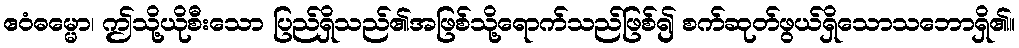
ဧဝံဓမ္မော၊ ဤသို့ယိုစီးသော ပြည်ရှိသည်၏အဖြစ်သို့ရောက်သည်ဖြစ်၍ စက်ဆုတ်ဖွယ်ရှိသောသဘောရှိ၏။